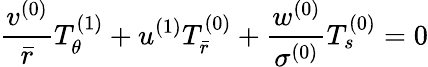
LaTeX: \frac{v^{(0)}}{\bar{r}}T_{\theta}^{(1)}+u^{(1)}T_{\bar{r}}^{(0)}+\frac{w^{(0)}}{\sigma^{(0)}}T_{s}^{(0)}=0